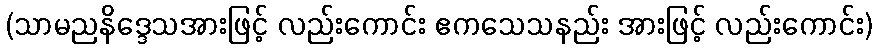
(သာမညနိဒ္ဒေသအားဖြင့် လည်းကောင်း ဧကသေသနည်း အားဖြင့် လည်းကောင်း)